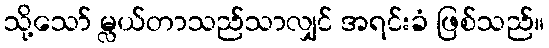
သို့သော် မ္လယ်တာသည်သာလျှင် အရင်းခံ ဖြစ်သည်။